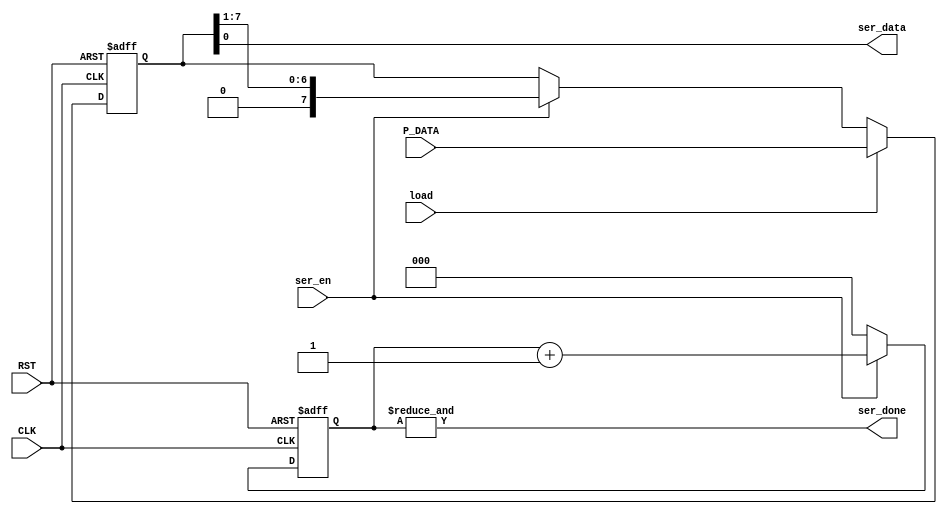
module TX_SERIALIZER #(
    parameter DATA_WIDTH = 8
)(
    input wire CLK,
    input wire RST,
    input wire ser_en,
    input wire load,
    input wire [DATA_WIDTH-1:0] P_DATA,
    output wire ser_done,
    output wire ser_data
);
    
    /*Shift right register*/
    reg [DATA_WIDTH-1:0] serializer;

    always @(posedge CLK or negedge RST) begin
        if (~RST) begin
            serializer <=0;
        end
        else if(load) begin
            serializer <= P_DATA;
        end
        else if (ser_en) begin
            serializer <= serializer >> 1; // shift right
        end
    end
    
    /*Counter to count 8 edges*/
    reg [2:0] count;
    always @(posedge CLK or negedge RST ) begin
        if (~RST) begin
            count <= 0;
        end
        else if (ser_en) begin
            count <= count + 1;
        end
        else begin
            count <= 0;
        end
    end
    assign ser_data = serializer[0];
    assign ser_done = &count;

endmodule